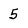
Character: 5